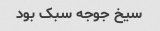
سیخ جوجه سبک بود